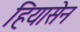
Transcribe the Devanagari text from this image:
हियासेन